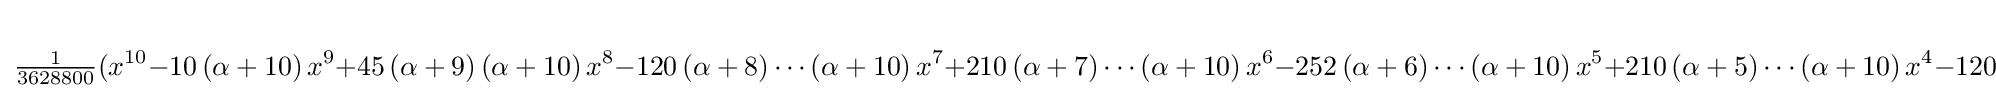
{\tfrac {1}{3628800}}(x^{10}-10\left(\alpha +10\right)x^{9}+45\left(\alpha +9\right)\left(\alpha +10\right)x^{8}-120\left(\alpha +8\right)\cdots \left(\alpha +10\right)x^{7}+210\left(\alpha +7\right)\cdots \left(\alpha +10\right)x^{6}-252\left(\alpha +6\right)\cdots \left(\alpha +10\right)x^{5}+210\left(\alpha +5\right)\cdots \left(\alpha +10\right)x^{4}-120\left(\alpha +4\right)\cdots \left(\alpha +10\right)x^{3}+45\left(\alpha +3\right)\cdots \left(\alpha +10\right)x^{2}-10\left(\alpha +2\right)\cdots \left(\alpha +10\right)x+\left(\alpha +1\right)\cdots \left(\alpha +10\right))